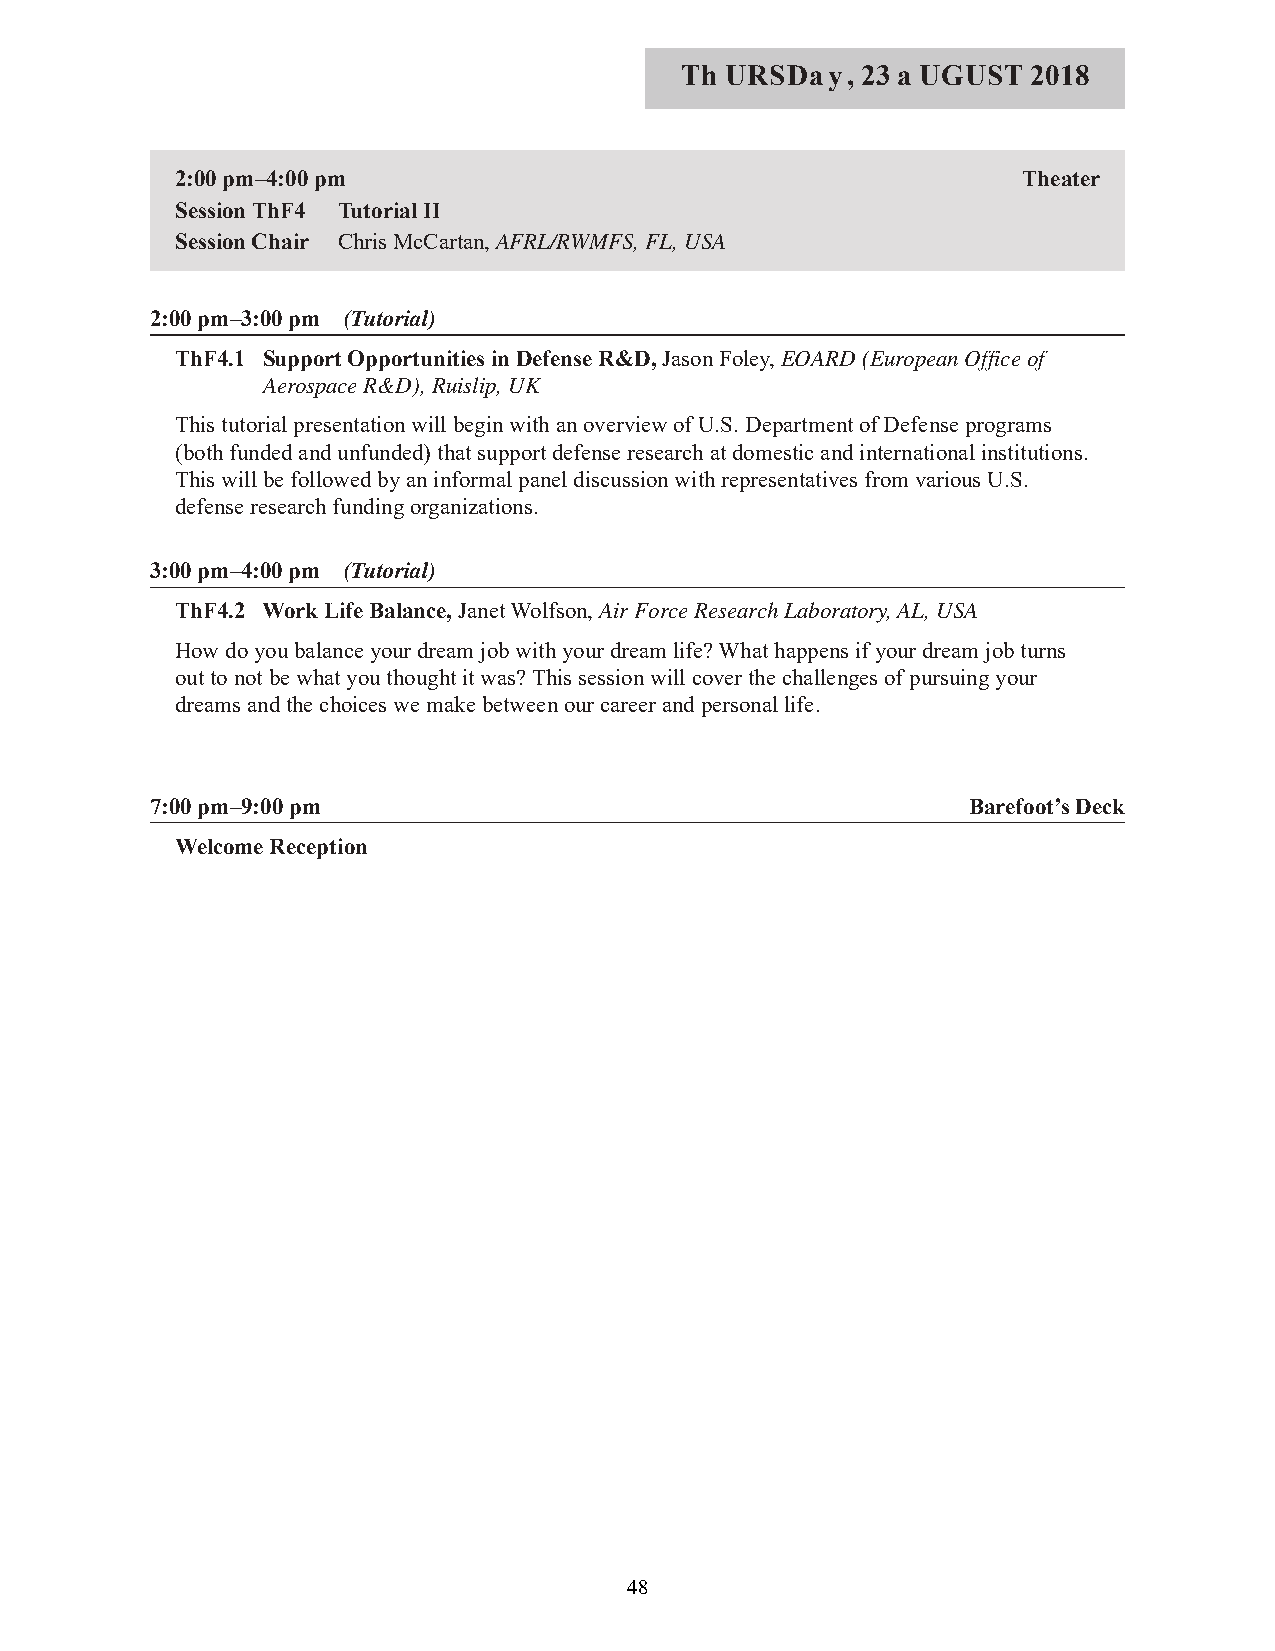
Th URSDay,  23 a UGUST 2018
 2:00 pm–4:00 pm                                         Theater
 Session ThF4 Tutorial II
 Session Chair Chris McCartan, AFRL/RWMFS, FL, USA
 2:00 pm–3:00 pm (Tutorial)
 ThF4.1 Support Opportunities in Defense R&D, Jason Foley, EOARD (European Office of
 Aerospace R&D), Ruislip, UK
 This tutorial presentation will begin with an overview of U.S. Department of Defense programs
 (both funded and unfunded) that support defense research at domestic and international institutions.
 This will be followed by an informal panel discussion with representatives from various U.S.
 defense research funding organizations.
 3:00 pm–4:00 pm (Tutorial)
 ThF4.2 Work Life Balance, Janet Wolfson, Air Force Research Laboratory, AL, USA
 How do you balance your dream job with your dream life? What happens if your dream job turns
 out to not be what you thought it was? This session will cover the challenges of pursuing your
 dreams and the choices we make between our career and personal life.
 7:00 pm–9:00 pm                                       Barefoot’s Deck
 Welcome Reception
 48